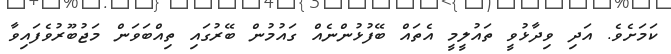
ކަމަށެވެ. އަދި ވިދާޅުވީ ތައުލީމީ އެތައް ބޭފުޅުންނެއް ގައުމުން ބޭރުގައި ތިއްބަވަން މަޖުބޫރުވެފައިވާ